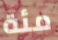
مئة